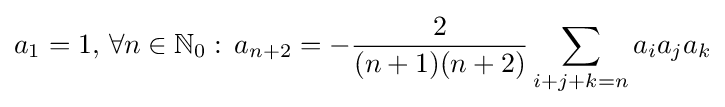
a_{1}=1,\,\forall n\in \mathbb {N} _{0}:\,a_{n+2}=-{\frac {2}{(n+1)(n+2)}}\sum _{i+j+k=n}a_{i}a_{j}a_{k}